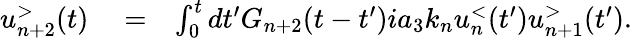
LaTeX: \begin{array}{rlr}{u_{n+2}^{>}(t)}&{{}=}&{\int_{0}^{t}dt^{\prime}G_{n+2}(t-t^{\prime})ia_{3}k_{n}u_{n}^{<}(t^{\prime})u_{n+1}^{>}(t^{\prime}).}\end{array}